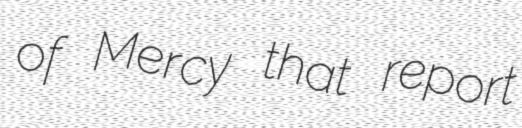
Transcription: of Mercy that report